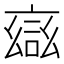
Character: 𮘎